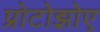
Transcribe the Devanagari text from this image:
प्रोटोझोए